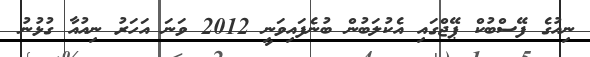
ނިއުގެ ފޭސްބުކް ޕޭޖްގައި އެކުލަބުން ބުނެފައިވަނީ 2012 ވަނަ އަހަރު ނިއުއާ ގުޅުނު